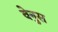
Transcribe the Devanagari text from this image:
वेनुस